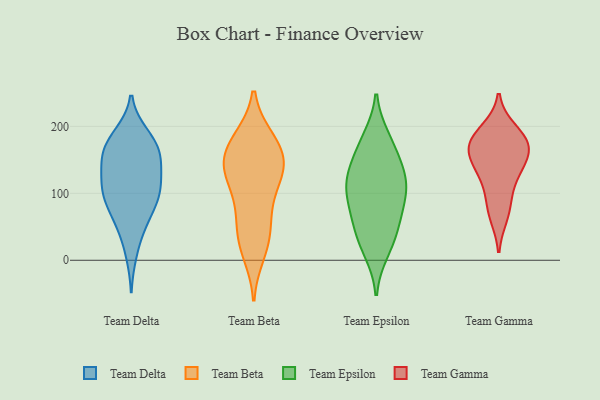
{"axis": {"x": "Operating Costs (USD K)", "y": "Value"}, "legend": ["Team Beta", "Team Delta", "Team Epsilon", "Team Gamma"], "data": [{"x": "", "y": 146, "type": "Team Delta"}, {"x": "", "y": 134, "type": "Team Delta"}, {"x": "", "y": 68, "type": "Team Delta"}, {"x": "", "y": 99, "type": "Team Delta"}, {"x": "", "y": 186, "type": "Team Delta"}, {"x": "", "y": 92, "type": "Team Delta"}, {"x": "", "y": 93, "type": "Team Delta"}, {"x": "", "y": 119, "type": "Team Delta"}, {"x": "", "y": 160, "type": "Team Delta"}, {"x": "", "y": 150, "type": "Team Delta"}, {"x": "", "y": 10, "type": "Team Delta"}, {"x": "", "y": 102, "type": "Team Delta"}, {"x": "", "y": 162, "type": "Team Delta"}, {"x": "", "y": 97, "type": "Team Delta"}, {"x": "", "y": 188, "type": "Team Delta"}, {"x": "", "y": 167, "type": "Team Delta"}, {"x": "", "y": 178, "type": "Team Delta"}, {"x": "", "y": 48, "type": "Team Delta"}, {"x": "", "y": 55, "type": "Team Delta"}, {"x": "", "y": 123, "type": "Team Delta"}, {"x": "", "y": 181, "type": "Team Beta"}, {"x": "", "y": 62, "type": "Team Beta"}, {"x": "", "y": 27, "type": "Team Beta"}, {"x": "", "y": 180, "type": "Team Beta"}, {"x": "", "y": 130, "type": "Team Beta"}, {"x": "", "y": 122, "type": "Team Beta"}, {"x": "", "y": 151, "type": "Team Beta"}, {"x": "", "y": 147, "type": "Team Beta"}, {"x": "", "y": 138, "type": "Team Beta"}, {"x": "", "y": 147, "type": "Team Beta"}, {"x": "", "y": 11, "type": "Team Beta"}, {"x": "", "y": 103, "type": "Team Beta"}, {"x": "", "y": 177, "type": "Team Beta"}, {"x": "", "y": 72, "type": "Team Beta"}, {"x": "", "y": 34, "type": "Team Beta"}, {"x": "", "y": 119, "type": "Team Epsilon"}, {"x": "", "y": 175, "type": "Team Epsilon"}, {"x": "", "y": 105, "type": "Team Epsilon"}, {"x": "", "y": 49, "type": "Team Epsilon"}, {"x": "", "y": 78, "type": "Team Epsilon"}, {"x": "", "y": 26, "type": "Team Epsilon"}, {"x": "", "y": 126, "type": "Team Epsilon"}, {"x": "", "y": 84, "type": "Team Epsilon"}, {"x": "", "y": 107, "type": "Team Epsilon"}, {"x": "", "y": 14, "type": "Team Epsilon"}, {"x": "", "y": 52, "type": "Team Epsilon"}, {"x": "", "y": 155, "type": "Team Epsilon"}, {"x": "", "y": 131, "type": "Team Epsilon"}, {"x": "", "y": 182, "type": "Team Epsilon"}, {"x": "", "y": 87, "type": "Team Gamma"}, {"x": "", "y": 163, "type": "Team Gamma"}, {"x": "", "y": 130, "type": "Team Gamma"}, {"x": "", "y": 165, "type": "Team Gamma"}, {"x": "", "y": 125, "type": "Team Gamma"}, {"x": "", "y": 179, "type": "Team Gamma"}, {"x": "", "y": 195, "type": "Team Gamma"}, {"x": "", "y": 66, "type": "Team Gamma"}, {"x": "", "y": 154, "type": "Team Gamma"}, {"x": "", "y": 181, "type": "Team Gamma"}]}